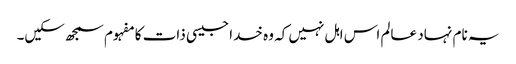
یہ نام نہاد عالم اس اہل نہیں کہ وہ خدا جیسی ذات کا مفہوم سمجھ سکیں۔